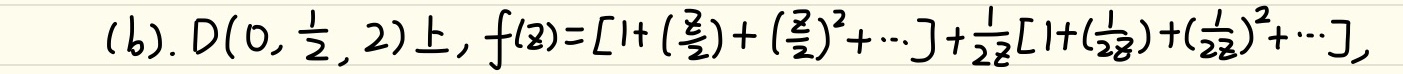
(b). 在 \(D(0,\frac{1}{2},2)\) 上，\(f(z)=\left[1+\left(\frac{z}{2}\right)+\left(\frac{z}{2}\right)^{2}+\cdots\right]+\frac{1}{2z}\left[1+\left(\frac{1}{2z}\right)+\left(\frac{1}{2z}\right)^{2}+\cdots\right]\)